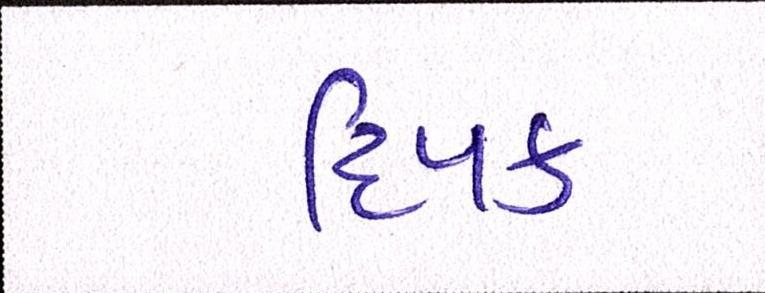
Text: દિપક